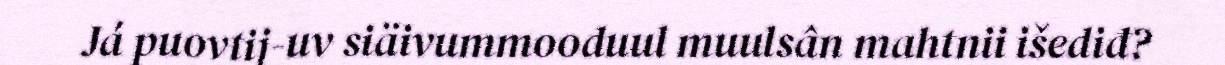
Já puovtij-uv siäivummooduul muulsân mahtnii išediđ?